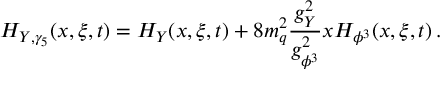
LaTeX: H _ { Y , \gamma _ { 5 } } ( x , \xi , t ) = H _ { Y } ( x , \xi , t ) + 8 m _ { q } ^ { 2 } \frac { g _ { Y } ^ { 2 } } { g _ { \phi ^ { 3 } } ^ { 2 } } x H _ { \phi ^ { 3 } } ( x , \xi , t ) \, .